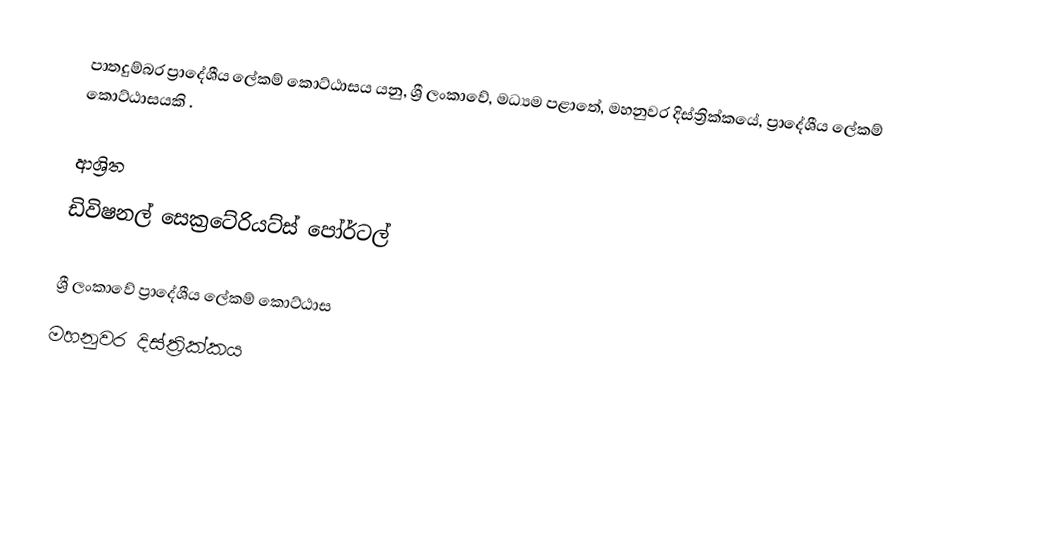
පාතදුම්බර ප්‍රාදේශීය ලේකම් කොට්ඨාසය යනු,  ශ්‍රී ලංකාවේ, මධ්‍යම පළාතේ,   මහනුවර දිස්ත්‍රික්කයේ, ප්‍රාදේශීය ලේකම් කොට්ඨාසයකි .

ආශ්‍රිත
 ඩිවිෂනල් සෙක්‍රටේරියට්ස් පෝර්ටල්

ශ්‍රී ලංකාවේ ප්‍රාදේශීය ලේකම් කොට්ඨාස
මහනුවර දිස්ත්‍රික්කය